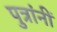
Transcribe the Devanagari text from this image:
पुत्रांनीं